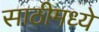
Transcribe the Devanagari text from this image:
साठीमध्ये